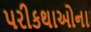
પરીકથાઓના